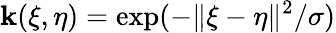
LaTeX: \mathbf{k}(\xi,\eta)=\exp(-\| \xi-\eta\| ^{2}/\sigma)